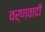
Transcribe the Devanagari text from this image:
वर्णवादी